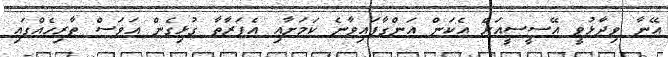
އޭނާ ވިދާޅުވީ އޭސީސީއަށް އެކަން އަންގާފައިވާނެ ކަމަށާއި އެފަރާތާ ގުޅިގެން އަވަސް ތާރިހެއްގައި